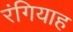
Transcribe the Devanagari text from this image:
रंगियाह